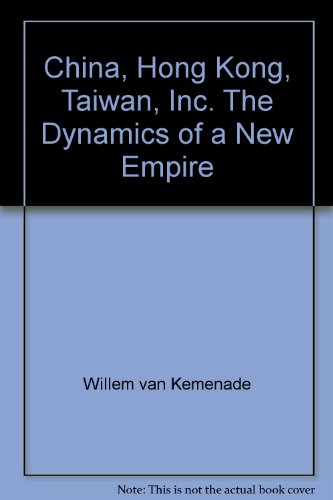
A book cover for China, Hong Kong, Taiwan, Inc. The Dynamics of a New Empire; Willem Van Kemenade; Travel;